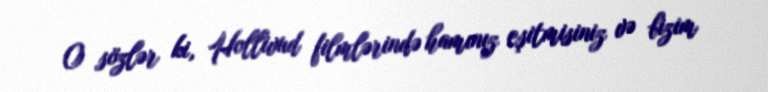
O sözlər ki, Hollivud filmlərində hamınız eşitmisiniz və bizim